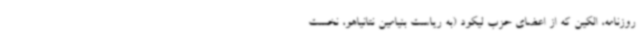
روزنامه، الکین که از اعضای حزب لیکود (به ریاست بنیامین نتانیاهو، نخست